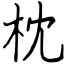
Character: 枕